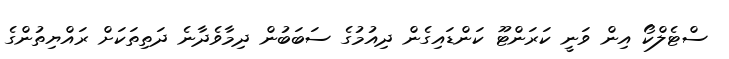
ސްޓެލްކޯ އިން ވަނީ ކަރަންޓޫ ކަންޑައިގެން ދިއުމުގެ ސަބަބުން ދިމާވެދާނެ ދަތިތަކަށް ރައްޔިތުންގެ